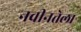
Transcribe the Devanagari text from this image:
नवीनतेला